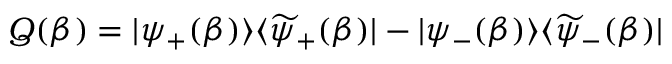
{ \cal Q } ( \beta ) = | \psi _ { + } ( \beta ) \rangle \langle \widetilde { \psi } _ { + } ( \beta ) | - | \psi _ { - } ( \beta ) \rangle \langle \widetilde { \psi } _ { - } ( \beta ) |